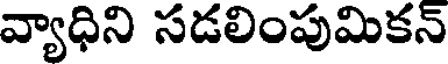
వ్యాధిని సడలింపుమికన్